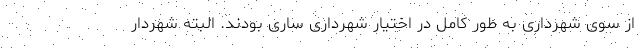
از سوی شهرداری به طور کامل در اختیار شهرداری ساری بودند. البته شهردار